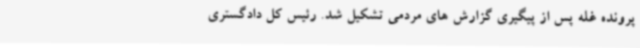
پرونده غله پس از پیگیری گزارش های مردمی تشکیل شد. رئیس کل دادگستری